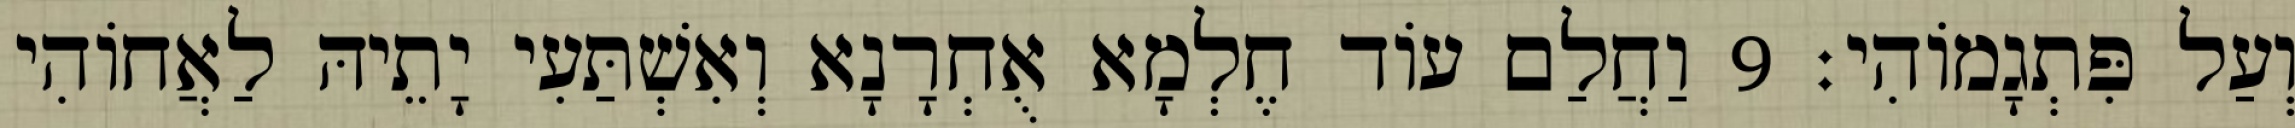
וְעַל פִּתְגָמוֹהִי׃ 9 וַחֲלַם עוֹד חֶלְמָא אֻחְרָנָא וְאִשְׁתַּעִי יָתֵיהּ לַאֲחוֹהִי